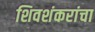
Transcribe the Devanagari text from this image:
शिवशंकरांचा